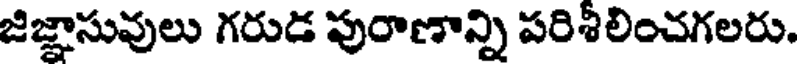
జిజ్ఞాసువులు గరుడ పురాణాన్ని పరిశీలించగలరు.